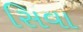
સિવા